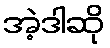
အဲ့ဒါဆို